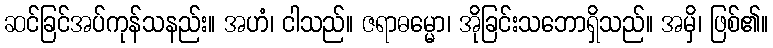
ဆင်ခြင်အပ်ကုန်သနည်း။ အဟံ၊ ငါသည်။ ဇရာဓမ္မော၊ အိုခြင်းသဘောရှိသည်။ အမှိ၊ ဖြစ်၏။